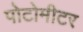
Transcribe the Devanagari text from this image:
पोटोमीटर